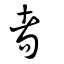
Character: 耉